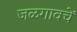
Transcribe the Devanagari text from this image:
जळगावचें